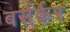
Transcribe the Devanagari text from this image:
बर्सर्केर